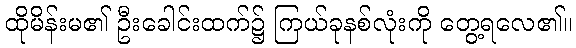
ထိုမိန်းမ၏ ဦးခေါင်းထက်၌ ကြယ်ခုနစ်လုံးကို တွေ့ရလေ၏။